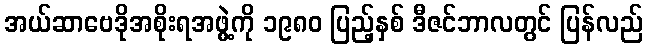
အယ်ဆာဗေဒိုအစိုးရအဖွဲ့ကို ၁၉၈၀ ပြည့်နှစ် ဒီဇင်ဘာလတွင် ပြန်လည်